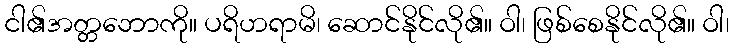
ငါ၏အတ္တဘောကို။ ပရိဟရာမိ၊ ဆောင်နိုင်လို၏။ ဝါ၊ ဖြစ်စေနိုင်လို၏။ ဝါ၊